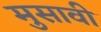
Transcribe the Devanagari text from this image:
मुसावी